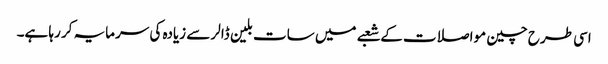
اسی طرح چین مواصلات کے شعبے میں سات بلین ڈالر سے زیادہ کی سرمایہ کر رہا ہے۔